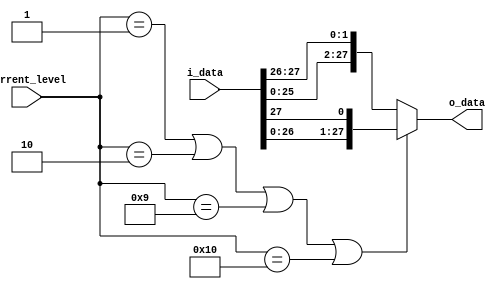
/*

 Module Name : rotate_left
 
 Functionality:
 The rotate_left is used In the Key generation where Some Levels
 Require Rotation by 2 bits and others require Single Bit Rotation 
 
 */

module rotate_left (input   wire [5:1]      current_level  ,
                    input   wire [28:1]     i_data         ,
                    output  wire [28:1]     o_data         );
    
    assign o_data = (current_level == 1 || current_level == 2 || current_level == 9 || current_level == 16)? {i_data [27:1], i_data [28]} : {i_data [26:1], i_data [28:27]};
    
endmodule